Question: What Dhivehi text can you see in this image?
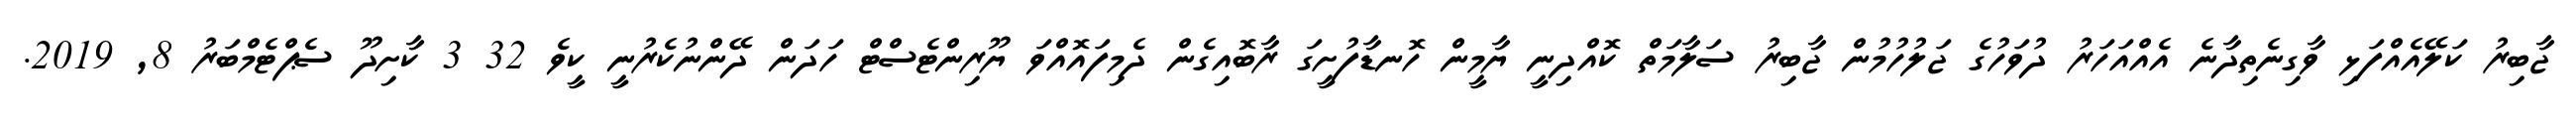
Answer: ޖާބިރު ކަލޭއެއްފަޅި ވާގިނެތިދާނެ އެއްއަހަރު ދުވަހުގެ ޖަލުހުމުން ޖާބިރު ސަލާމަތް ކޮއްދިނީ ޔާމީން ހޮނޑާފުށީގަ ރާބޮއިގެން ދެމިފައޮއްވަ ޔޫރިންޓެސްޓް ހަދަން ދޭންނުކެރުނީ ކީވެ 32 3 ކާށިދޫ ސެޕްޓެމްބަރު 8, 2019.